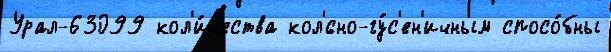
Урал-63099 кол'и́чества кол'́сно-гу́с'ен'ичным спосо́бны